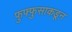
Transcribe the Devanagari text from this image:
फुफ्फुसाकडून